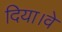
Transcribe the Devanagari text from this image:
दिया।वे